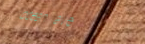
ocean ave